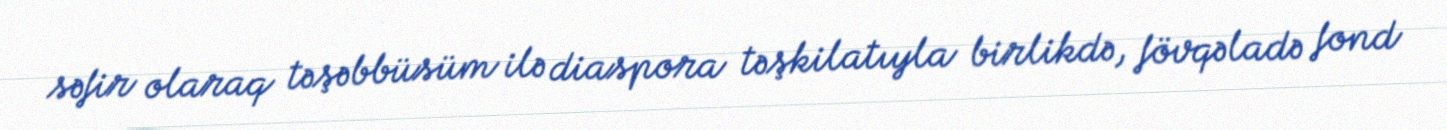
səfir olaraq təşəbbüsüm ilə diaspora təşkilatıyla birlikdə, fövqəladə fond